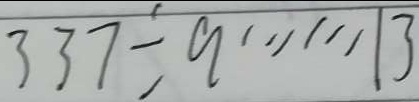
3 3 7 \div 9 \cdots 1 3